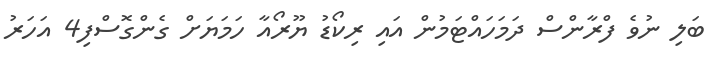
ބަލި ނުވެ ފްރާންސް ދަމަހައްޓަމުން އައި ރިކޯޑު ޔޫރޯއާ ހަމަޔަށް ގެންގޮސްފި4 އަހަރު